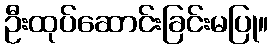
ဦးထုပ်ဆောင်းခြင်းမပြု။